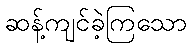
ဆန့်ကျင်ခဲ့ကြသော